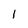
Character: 1